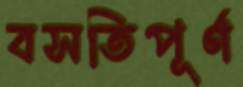
বসতিপূর্ণ